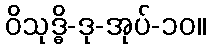
ဝိသုဒ္ဓိ-ဒု-အုပ်-၁၀။